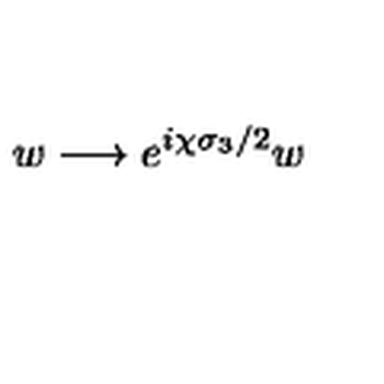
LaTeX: w \longrightarrow e ^ { i \chi \sigma _ { 3 } / 2 } w